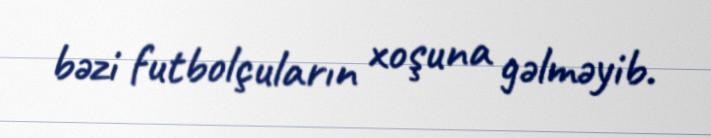
bəzi futbolçuların xoşuna gəlməyib.